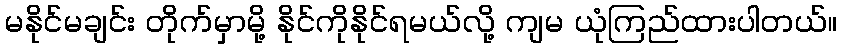
မနိုင်မချင်း တိုက်မှာမို့ နိုင်ကိုနိုင်ရမယ်လို့ ကျမ ယုံကြည်ထားပါတယ်။